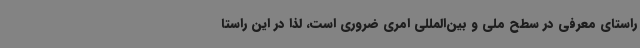
راستای معرفی در سطح ملی و بین‌المللی امری ضروری است، لذا در این راستا